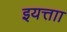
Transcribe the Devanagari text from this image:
इयत्ताा